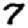
Digit: 7